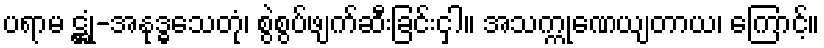
ပရာမ ဋ္ဌုံ-အနုဒ္ဓွသေတုံ၊ စွဲစွပ်ဖျက်ဆီးခြင်းငှါ။ အသက္ကုဏေယျတာယ၊ ကြောင့်။